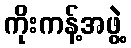
ကိုးကန့်အဖွဲ့